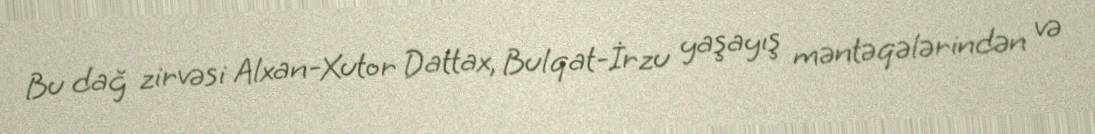
Bu dağ zirvəsi Alxan-Xutor Dattax, Bulqat-İrzu yaşayış məntəqələrindən və